Malaria in the Andamans - Number 56
Disease focus: Malaria
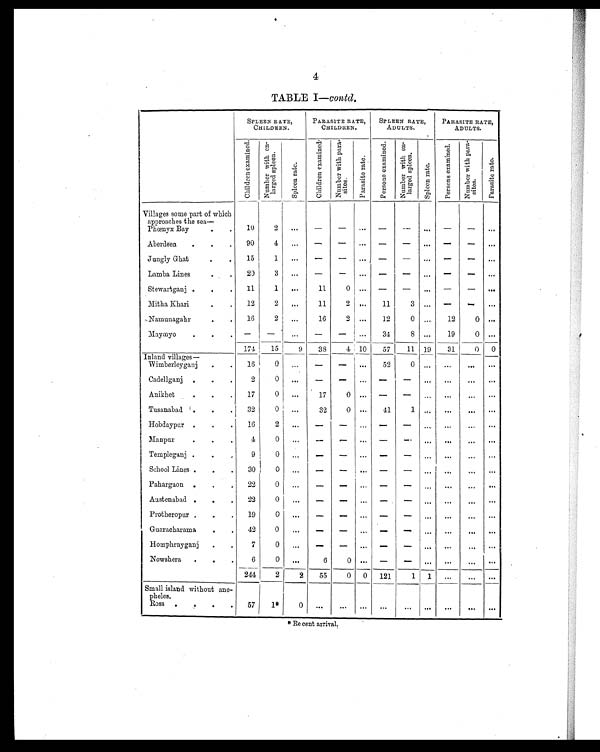
4
TABLE I— contd.
SPLEEN RATE,
CHILDREN.
PARASITE RATE,
CHILDREN.
SPLEEN RATE,
ADULTS.
PARASITE RATE,
ADULTS.
C h i l d r e n e x a m i n e d .
N u m b e r w i t h e n -
l a r g e d s p l e e n .
S p l e e n r a t e .
C h i l d r e n e x a m i n e d .
N u m b e r w i t h p a r a -
s i t e s .
P a r a s i t e r a t e .
P e r s o n s e x a m i n e d .
N u m b e r w i t h e n -
l a r g e d s p l e e n .
S p l e e n r a t e .
P e r s o n s e x a m i n e d .
N u m b e r w i t h p a r a -
s i t e s .
P a r a s i t e r a t e .
Villages some part of which
approaches the sea
—
Phœnyx Bay
. .
10
2
...
—
—
...
—
— ...
—
— ...
Aberdeen
.
.
. 90
4
...
—
—
...
—
—
...
—
— ...
Jungly Ghat
.
.
15
1
...
—
— ...
—
— ...
—
— ...
Lamba Lines
.
.
20
3
...
—
—
. . .
—
—
...
—
— ...
Stewartganj .
.
.
11
1
...
11
0 ...
—
—
...
—
— . . .
Mitha Khari
.
. 12
2
. . .
11
2
...
11
3 ...
—
— ...
Namunagahr
.
. 16
2
...
16
2 ...
12
0 ...
12
0 ...
Maymyo
.
.
. —
—
...
— —
...
34
8 ...
19
0 ...
174
15
9
38
4 10
57
11 19
31
0
0
Inland villages—
Wimberleyganj
.
.
16
0
. . . —
—
...
52
0 ...
...
. . . ...
Cadellganj
.
.
.
2
0
. . .
—
— ...
—
— ...
. . .
. . . ...
Anikhet
.
.
.
17
0
...
17
0
... —
—
...
...
... ...
Tusanabad .
.
.
32
0
...
32
0
...
41
1 ... ...
. . . ...
Hobdaypar .
.
.
16
2
. . .
—
—
. . .
— —
...
...
. . . ...
Manpur
.
.
.
4
0
...
—
— ...
—
— ...
. . .
. . . ...
Templeganj .
.
.
9
0
. . .
—
—
...
— —
...
. . . ... ...
School Lines .
.
.
30
0
. . . —
—
...
—
— ...
...
. . .
...
Pahargaon .
.
.
22
0 ...
—
—
... —
—
...
. . .
. . .
. . .
Austenabad .
.
.
22
0 ...
—
—
...
— —
...
...
... ...
Protheropur .
.
.
19
0
...
—
—
. . .
— — ...
...
... ...
Guaracharama
.
.
42
0
...
—
— ...
—
—
. . .
. . .
. . . . . .
Homphrayganj
.
.
7
0
. .
— —
...
—
—
. . .
...
. . .
...
Nowshera
.
.
.
6
0
. . .
6
0
. . .
—
—
. . .
. . .
. . . ...
244
2
2
55
0 0 121
1 1
...
... ...
Small island without ano-
pheles.
Ross .
.
.
.
57
1*
0
. . .
. . .
. . .
. . .
. . .
...
. . .
...
...
* Recent arrival.